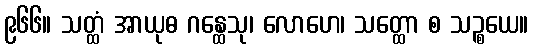
၉၆၆။ သတ္ထံ အာယုဓ ဂန္ထေသု၊ လောဟေ၊ သတ္ထော စ သဉ္စယေ။